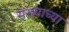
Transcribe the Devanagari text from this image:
संख्याच्या